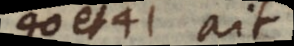
40 et 41 ait